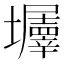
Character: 𡓹